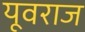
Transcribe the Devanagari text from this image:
यूवराज